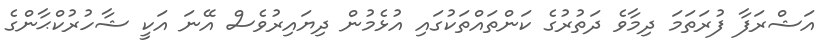
އަޝްރަފާ ފުރަތަމަ ދިމާވެ ދަތުރުގެ ކަންތައްތަކުގައި އުޅެމުން ދިޔައިރުވެސް އޭނަ އަކީ ޝާހުރުކްޙާންގެ